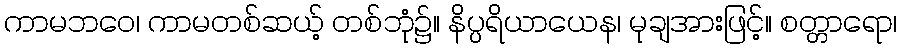
ကာမဘဝေ၊ ကာမတစ်ဆယ့် တစ်ဘုံ၌။ နိပ္ပရိယာယေန၊ မုချအားဖြင့်။ စတ္တာရော၊